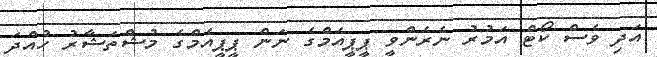
އަދި ވެސް ކޯޓް އަމުރު ނެރެންވީ ޕީޕީއެމްގެ ނަން ޕީޕީއެމްގެ މުޝްތަޝާރު ހުުއްދަ